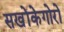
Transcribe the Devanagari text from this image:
सखोंकेगोरो